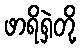
ဖာရိရှဲတို့